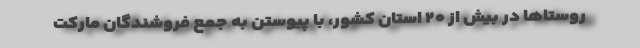
روستاها در بیش از ۲۰ استان کشور، با پیوستن به جمع فروشندگان مارکت